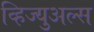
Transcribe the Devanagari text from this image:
व्हिज्युअल्स